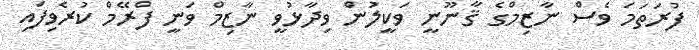
ފުރަތަމަ ވެސް ނާޒިމްގެ ޤާނޫނީ ވަކީލުން ވިދާޅުވީ ނާޒިމް ވަނީ ފްރޭމް ކުރެވިފައި